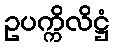
ဥပက္ကိလိဋ္ဌံ